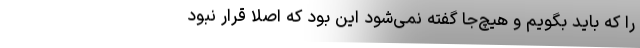
را که باید بگویم و هیچ‌جا گفته نمی‌شود این بود که اصلا قرار نبود